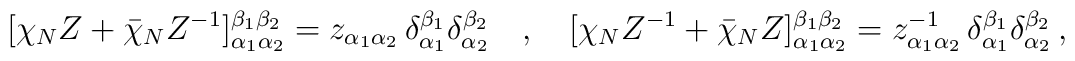
[\chi _NZ+\bar \chi_NZ^{-1}]_{\alpha _1 \alpha _2}^{\beta _1 \beta _2}=z_{\alpha _1 \alpha _2}\, \delta _{\alpha _1}^{\beta _1}\delta _{\alpha _2}^{\beta _2}\quad , \quad [\chi _NZ^{-1}+\bar \chi_NZ]_{\alpha _1 \alpha _2}^{\beta _1 \beta _2}=z_{\alpha _1 \alpha _2}^{-1}\, \delta _{\alpha _1}^{\beta _1}\delta _{\alpha _2}^{\beta _2} \, , \nonumber